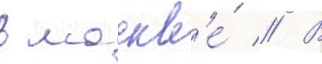
в москв'е́ // В